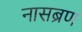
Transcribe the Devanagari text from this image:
नासब्रण